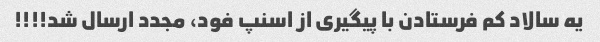
یه سالاد کم فرستادن با پیگیری از اسنپ فود، مجدد ارسال شد!!!!